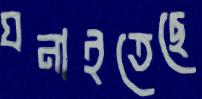
ঘনাইতেছে